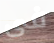
فى